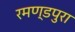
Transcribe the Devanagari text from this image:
रमण्डपुरा